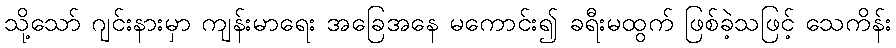
သို့သော် ဂျင်းနားမှာ ကျန်းမာရေး အခြေအနေ မကောင်း၍ ခရီးမထွက် ဖြစ်ခဲ့သဖြင့် သေကိန်း